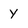
Character: y